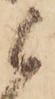
候